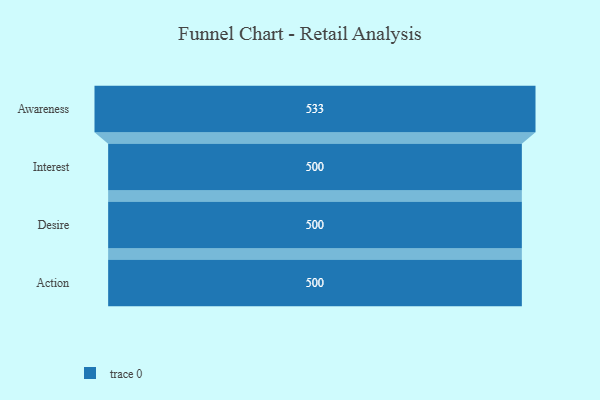
{"axis": {"x": "Stage", "y": "Value"}, "legend": [""], "data": [{"x": "Awareness", "y": 533.0, "type": ""}, {"x": "Interest", "y": 500, "type": ""}, {"x": "Desire", "y": 500, "type": ""}, {"x": "Action", "y": 500, "type": ""}]}